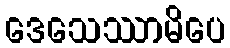
ဒေသေဿာမိပေ